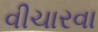
વીચારવા